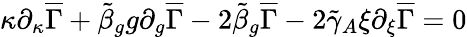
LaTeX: \kappa\partial_{\kappa}\overline{{{\Gamma}}}+\tilde{\beta}_{g}g\partial_{g}\overline{{{\Gamma}}}-2\tilde{\beta}_{g}\overline{{{\Gamma}}}-2\tilde{\gamma}_{A}\xi\partial_{\xi}\overline{{{\Gamma}}}=0